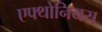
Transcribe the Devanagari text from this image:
एफ्थोनियस